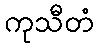
ကုသီတံ